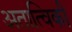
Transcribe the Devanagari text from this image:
अतात्विकी